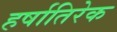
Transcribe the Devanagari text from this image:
हर्षातिरेक